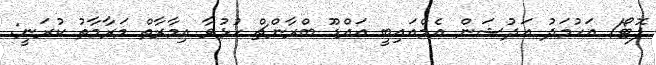
ފޮޓޯ/ އަހުމަދު އަދުޝަން އެމްއައިބީ އައްޑޫ ބްރާންޗް ހުޅުވާ އިމާރާތް މަރާމާތު ކުރަނީ: